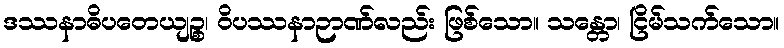
ဒဿနာဓိပတေယျဉ္စ၊ ဝိပဿနာဉာဏ်လည်း ဖြစ်သော။ သန္တော၊ ငြိမ်သက်သော။